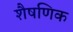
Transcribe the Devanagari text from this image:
शैषणिक